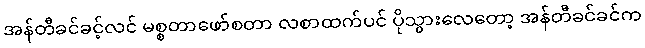
အန်တီခင်ခင့်လင် မစ္စတာဖော်စတာ လစာထက်ပင် ပိုသွားလေတော့ အန်တီခင်ခင်က